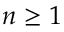
n \geq 1